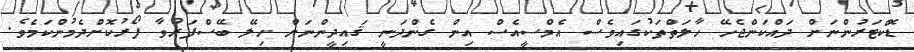
ޑޮކްޓަރުންނަށް ދައްކަންޖެހޭ ހާލަތްތަކުގައިވެސް އެމްސީއެސް އިން ގެންދަނީ ޤައިދީންނަށް ހިލޭ ބޭސްފަރުވާ ފޯރުކޮށްދެމުންކަމެވެ.